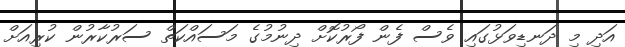
އަދި މި ދަނޑިވަޅުގައި ވެސް ފެން ފޯރުކޮށް ދިނުމުގެ މަސައްކަތް ސަރުކާރުން ކުރިއަށް